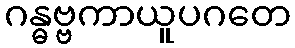
ဂန္ဓဗ္ဗကာယူပဂတေ